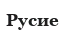
Русие